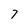
Character: 7